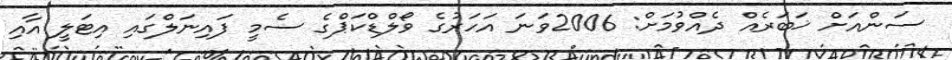
ސަންއަށް ޚަބަރެއް ދެއްވުމަށް: 2006ވަނަ އަހަރުގެ ވޯލްޑްކަޕްގެ ސެމީ ފައިނަލްގައި އިޓަލީ އާއި